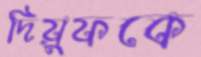
দিয়ুফকে